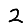
Digit: 2